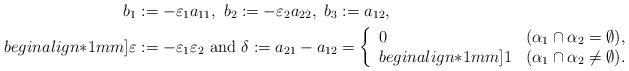
LaTeX: \begin{align*}b_{1}&:=-\varepsilon_{1}a_{11},~b_{2}:=-\varepsilon_{2}a_{22},~b_{3}:=a_{12},\\begin{align*}1mm]\varepsilon&:=-\varepsilon_{1}\varepsilon_{2}~\mbox{and}~\delta:=a_{21}-a_{12}=\left\{\begin{array}{ll}0 & (\alpha_{1}\cap\alpha_{2}=\emptyset),\\begin{align*}1mm]1 & (\alpha_{1}\cap\alpha_{2}\neq\emptyset).\end{array}\right.\end{align*}